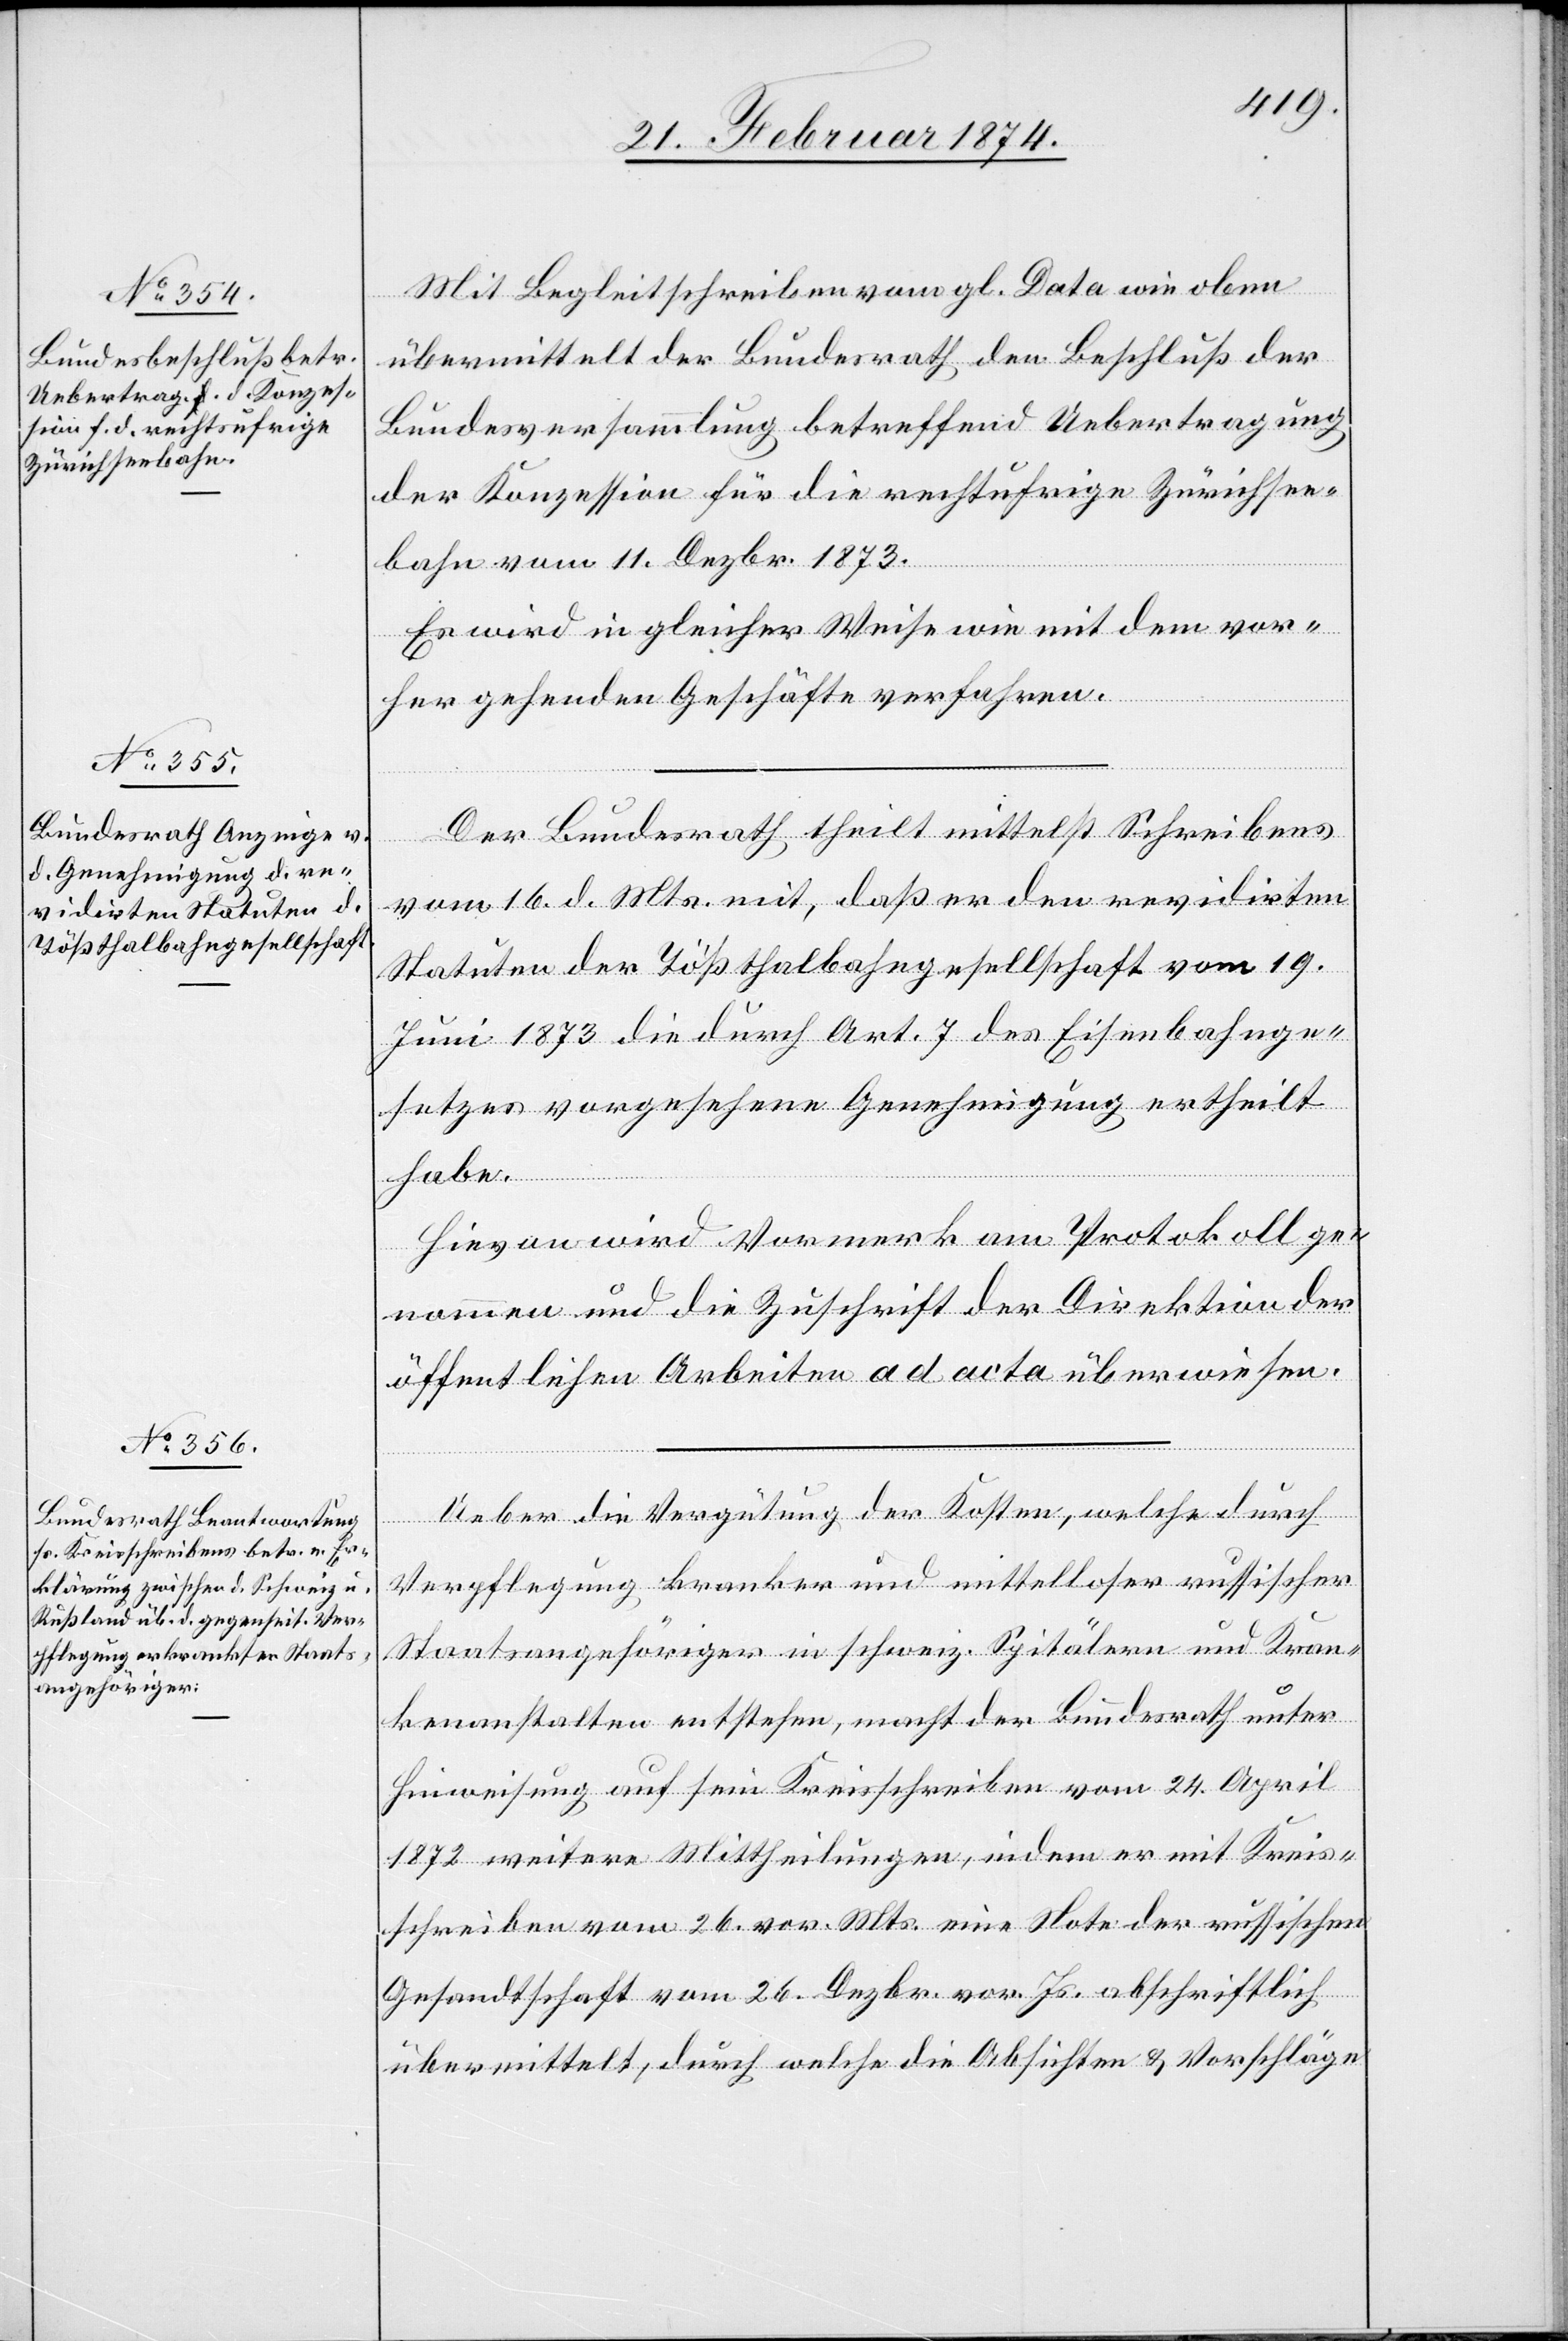
Mit Begleitschreiben vom gl. Data wie oben
übermittelt der Bundesrath den Beschluß der
Bundesversammlung betreffend Uebertragung
der Konzession für die rechtufrige Zürichsee¬
bahn vom 11. Dezbr. 1873.
Es wird in gleicher Weise wie mit dem vor¬
her gehenden Geschäfte verfahren.
Der Bundesrath theilt mittelst Schreibens
vom 16. d. Mts. mit, daß er den revidirten
Statuten der Tößthalbahngesellschaft vom 19.
Juni 1873 die durch Art. 7 des Eisenbahnge¬
setzes vorgesehene Genehmigung ertheilt
habe.
Hievon wird Vormerk am Protokoll ge¬
nommen und die Zuschrift der Direktion der
öffentlichen Arbeiten ad acta überwiesen.
Ueber die Vergütung der Kosten, welche durch
Verpflegung kranker und mittelloser russischer
Staatsangehöriger in schweiz. Spitälern und Kran¬
kenanstalten entstehen, macht der Bundesrath unter
Hinweisung auf sein Kreisschreiben vom 24. April
1873 weitere Mittheilungen, indem er mit Kreis¬
schreiben vom 26. vor. Mts. eine Note der russischen
Gesandtschaft vom 26. Dezbr. vor. Js. abschriftliche
übermittelt, durch welche die Absichten u. Vorschläge